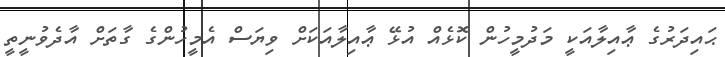
ޙައިދަރުގެ ޢާއިލާއަކީ މަދުމީހުން ކޮޅެއް އުޅޭ ޢާއިލާއަކަށް ވިޔަސް އެމީހުންގެ ގާތަށް އާދެވުނީތީ